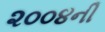
૨૦૦૪ની